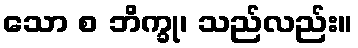
သော စ ဘိက္ခု၊ သည်လည်း။